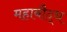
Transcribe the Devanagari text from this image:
महाबौद्ध